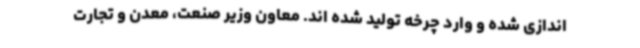
اندازی شده و وارد چرخه تولید شده اند. معاون وزیر صنعت، معدن و تجارت